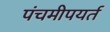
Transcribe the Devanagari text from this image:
पंचमीपयर्त